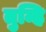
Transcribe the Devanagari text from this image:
तुम्हि